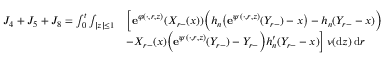
\begin{array} { r l } { J _ { 4 } + J _ { 5 } + J _ { 8 } = \int _ { 0 } ^ { t } \int _ { | z | \leq 1 } } & { \Big [ \mathbf { e } ^ { \varphi ( \cdot , r , z ) } ( X _ { r - } ( x ) ) \Big ( h _ { n } \big ( \mathbf { e } ^ { \psi ( \cdot , r , z ) } ( Y _ { r - } ) - x \big ) - h _ { n } ( Y _ { r - } - x ) \Big ) } \\ & { - X _ { r - } ( x ) \Big ( \mathbf { e } ^ { \psi ( \cdot , r , z ) } ( Y _ { r - } ) - Y _ { r - } \Big ) h _ { n } ^ { \prime } ( Y _ { r - } - x ) \Big ] \, \nu ( \mathrm { d } z ) \, \mathrm { d } r } \end{array}